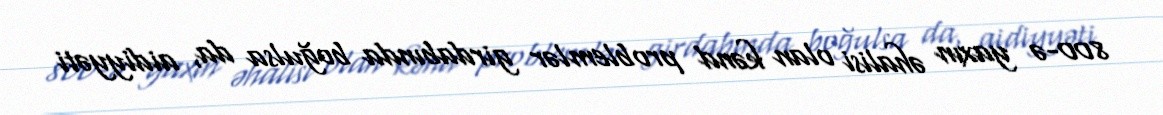
800-ə yaxın əhalisi olan kənd problemlər girdabında boğulsa da, aidiyyəti